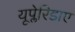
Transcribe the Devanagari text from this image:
यूप्लेरिडाए